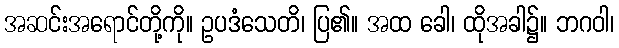
အဆင်းအရောင်တို့ကို။ ဥပဒံသေတိ၊ ပြ၏။ အထ ခေါ၊ ထိုအခါ၌။ ဘဂဝါ၊